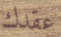
عقدك